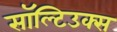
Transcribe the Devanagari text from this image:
सॉल्टिउक्स